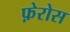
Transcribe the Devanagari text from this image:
फ़ेरोस